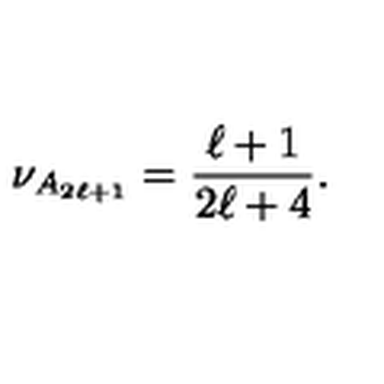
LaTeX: \nu _ { A _ { 2 \ell + 1 } } = \frac { \ell + 1 } { 2 \ell + 4 } .